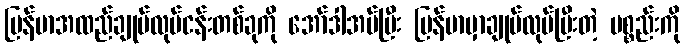
မြန်မာအထည်ချုပ်လုပ်ငန်းတစ်ခုကို အော်ဒါအပ်ပြီး မြန်မာမှာချုပ်လုပ်ပြီးတဲ့ ပစ္စည်းကို